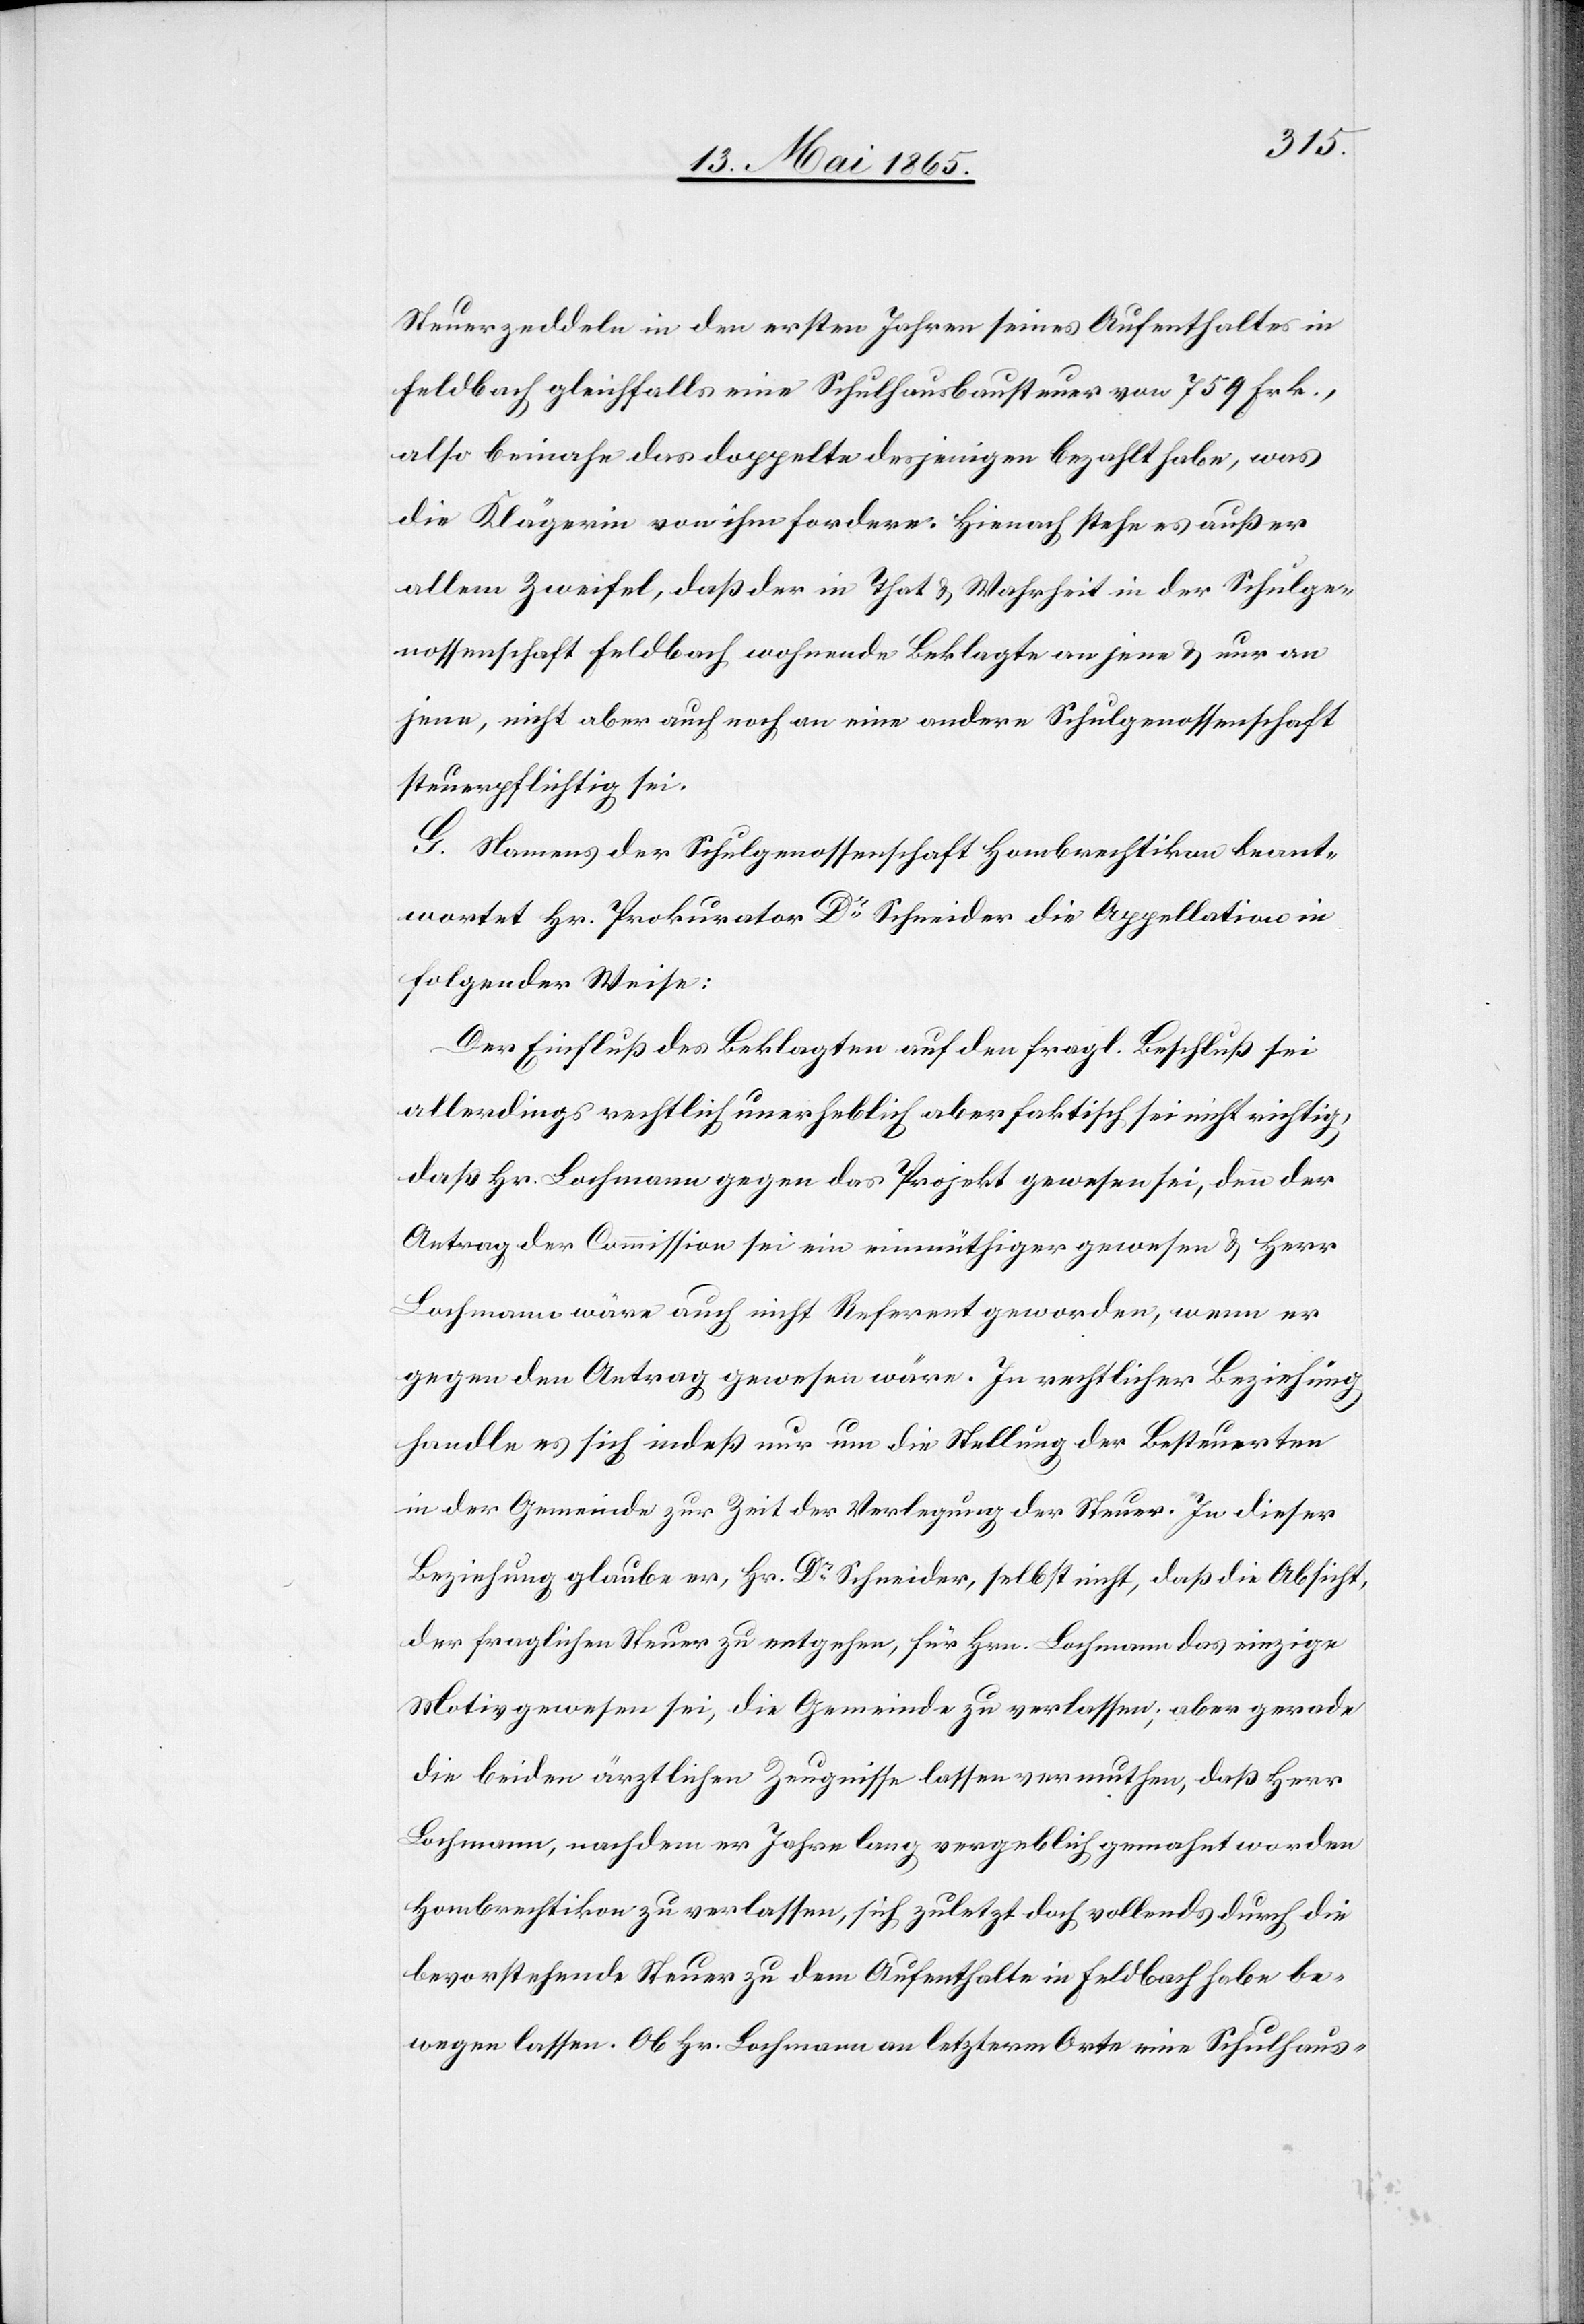
Steuerzeddeln in den ersten Jahren seines Aufenthaltes in
Feldbach gleichfalls eine Schulhausbausteuer von 759 Frk.,
also beinahe das doppelte desjenigen bezahlt habe, was
die Klägerin von ihm fordere. Hienach stehe es außer
allem Zweifel, daß der in That & Wahrheit in der Schulge¬
nossenschaft Feldbach wohnende Beklagte an jene & nur an
jene, nicht aber auch noch an eine andere Schulgenossenschaft
steuerpflichtig sei.
G. Namens der Schulgenossenschaft Hombrechtikon beant¬
wortet Hr. Prokurator Dr Schneider die Appellation in
folgender Weise:
Der Einfluß des Beklagten auf den fragl. Beschluß sei
allerdings rechtlich unerheblich aber faktisch sei nicht richtig,
daß Hr. Lochmann gegen das Projekt gewesen sei, denn der
Antrag der Commission sei ein einmüthiger gewesen & Herr
Lochmann wäre auch nicht Referent geworden, wenn er
gegen den Antrag gewesen wäre. In rechtlicher Beziehung
handle es sich indeß nur um die Stellung der Besteuerten
in der Gemeinde zur Zeit der Verlegung der Steuer. In dieser
Beziehung glaube er, Hr. Dr Schneider, selbst nicht, daß die Absicht,
der fraglichen Seeufer zu entgehen, für Hrn. Lochmann das einzige
Motiv gewesen sei, die Gemeinde zu verlassen; aber gerade
die beiden ärztlichen Zeugnisse lassen vermuthen, daß Herr
Lochmann, nachdem er Jahre lang vergeblich gemahnt worden
Hombrechtikon zu verlassen, sich zuletzt doch vollends durch die
bevorstehende Steuer zu dem Aufenthalte in Feldbach habe be¬
wegen lassen. Ob Hr. Lochmann an letzterm Orte eine Schulhaus-